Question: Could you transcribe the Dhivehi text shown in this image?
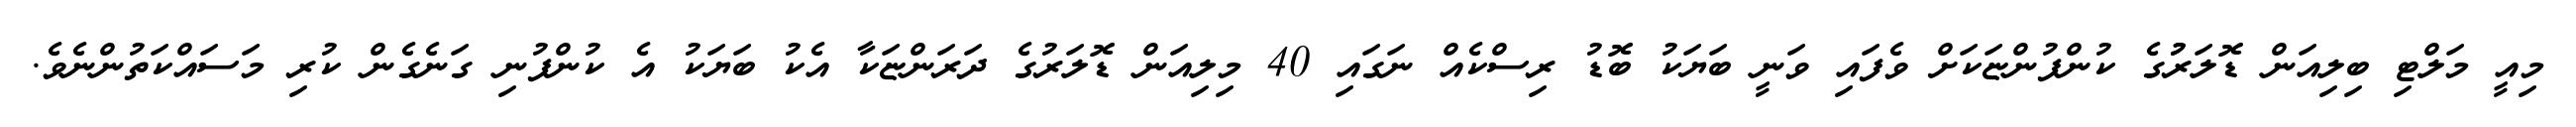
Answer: މިއީ މަލްޓި ބިލިއަން ޑޮލަރުުގެ ކުންފުންޏަކަށް ވެފައި ވަނީ ބަޔަކު ބޮޑު ރިސްކެއް ނަގައި 40 މިލިއަން ޑޮލަރުގެ ދަރަންޏަކާ އެކު ބަޔަކު އެ ކުންފުނި ގަނެގެން ކުރި މަސައްކަތުންނެވެ.